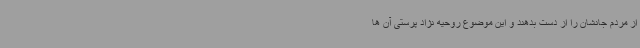
از مردم جانشان را از دست بدهند و این موضوع روحیه نژاد پرستی آن ها